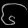
Digit: ၆